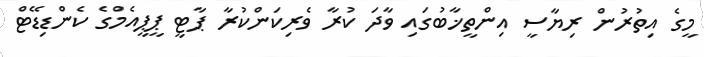
މީގެ އިތުރުން ރިޔާސީ އިންތީޚާބުގައި ވާދަ ކުރާ ވެރިކަންކުރާ ޕާޓީ ޕީޕީއެމްގެ ކެންޑިޑޭޓް